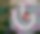
ড